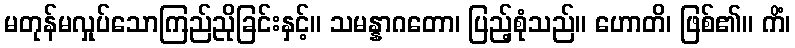
မတုန်မလှုပ်သောကြည်ညိုခြင်းနှင့်။ သမန္နာဂတော၊ ပြည့်စုံသည်။ ဟောတိ၊ ဖြစ်၏။ ကိံ၊